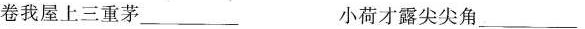
卷我屋上三重茅___ 小荷才露尖尖角___